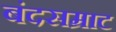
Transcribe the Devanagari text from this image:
बंदसम्राट